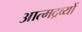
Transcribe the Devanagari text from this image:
आत्मद्रव्यों